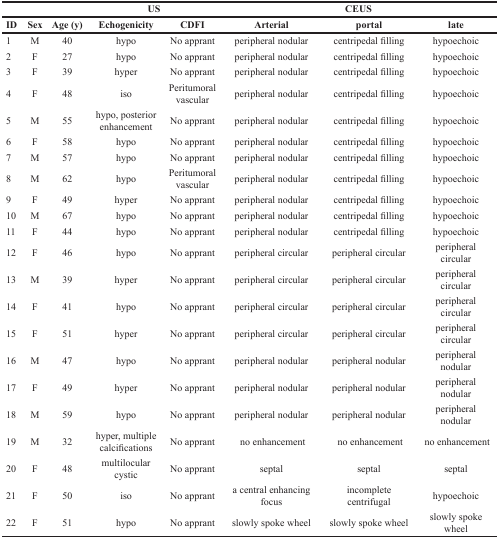
| <COLSPAN=5> US | <COLSPAN=3> CEUS |
 | ID | Sex | Age (y) | Echogenicity | CDFI | Arterial | portal | late |
 | --- | --- | --- | --- | --- | --- | --- | --- |
 | 1 | M | 40 | hypo | No apprant | peripheral nodular | centripedal filling | hypoechoic |
 | 2 | F | 27 | hypo | No apprant | peripheral nodular | centripedal filling | hypoechoic |
 | 3 | F | 39 | hyper | No apprant | peripheral nodular | centripedal filling | hypoechoic |
 | 4 | F | 48 | iso | Peritumoral vascular | peripheral nodular | centripedal filling | hypoechoic |
 | 5 | M | 55 | hypo, posterior enhancement | No apprant | peripheral nodular | centripedal filling | hypoechoic |
 | 6 | F | 58 | hypo | No apprant | peripheral nodular | centripedal filling | hypoechoic |
 | 7 | M | 57 | hypo | No apprant | peripheral nodular | centripedal filling | hypoechoic |
 | 8 | M | 62 | hypo | Peritumoral vascular | peripheral nodular | centripedal filling | hypoechoic |
 | 9 | F | 49 | hyper | No apprant | peripheral nodular | centripedal filling | hypoechoic |
 | 10 | M | 67 | hypo | No apprant | peripheral nodular | centripedal filling | hypoechoic |
 | 11 | F | 44 | hypo | No apprant | peripheral nodular | centripedal filling | hypoechoic |
 | 12 | F | 46 | hypo | No apprant | peripheral circular | peripheral circular | peripheral circular |
 | 13 | M | 39 | hyper | No apprant | peripheral circular | peripheral circular | peripheral circular |
 | 14 | F | 41 | hypo | No apprant | peripheral circular | peripheral circular | peripheral circular |
 | 15 | F | 51 | hyper | No apprant | peripheral circular | peripheral circular | peripheral circular |
 | 16 | M | 47 | hypo | No apprant | peripheral nodular | peripheral nodular | peripheral nodular |
 | 17 | F | 49 | hyper | No apprant | peripheral nodular | peripheral nodular | peripheral nodular |
 | 18 | M | 59 | hypo | No apprant | peripheral nodular | peripheral nodular | peripheral nodular |
 | 19 | M | 32 | hyper, multiple calcifications | No apprant | no enhancement | no enhancement | no enhancement |
 | 20 | F | 48 | multilocular cystic | No apprant | septal | septal | septal |
 | 21 | F | 50 | iso | No apprant | a central enhancing focus | incomplete centrifugal | hypoechoic |
 | 22 | F | 51 | hypo | No apprant | slowly spoke wheel | slowly spoke wheel | slowly spoke wheel |